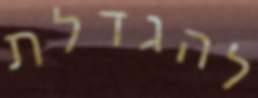
להגדלת